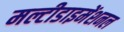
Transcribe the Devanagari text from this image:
मल्टीडाइमेंशनल